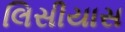
લિસીયાસ